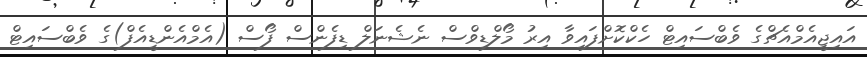
އައިޖީއެމްއެޗްގެ ވެބްސައިޓް ހެކްކޮށްފައިވާ އިރު މޯލްޑިވްސް ނެޝެނަލް ޑިފެންސް ފޯސް (އެމްއެންޑީއެފް)ގެ ވެބްސައިޓް